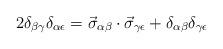
LaTeX: \begin{align*}2\delta_{\beta\gamma}\delta_{\alpha\epsilon}=\vec\sigma_{\alpha\beta}\cdot\vec\sigma_{\gamma\epsilon}+\delta_{\alpha\beta}\delta_{\gamma\epsilon}\end{align*}